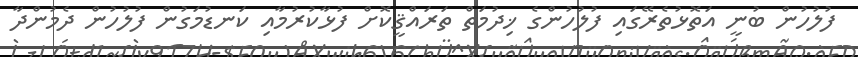
ފުލުހުން ބުނީ އަތޮޅުތެރޭގައި ފުލުހުންގެ ޚިދުމަތް ތަރައްޤީކޮށް ފުޅާކުރުމާއި ކަނޑުމަގުން ފުލުހުން ދެމުންދާ